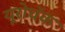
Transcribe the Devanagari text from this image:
यूरोचॅक